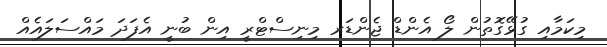
މިކަމާއި ގުޅޭގޮތުން ލޯ އެންޑް ޖެންޑަރ މިނިސްޓްރީ އިން ބުނީ އެފަދަ މައްސަލައެއް